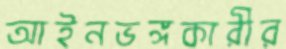
আইনভঙ্গকারীর